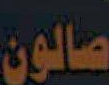
صالون